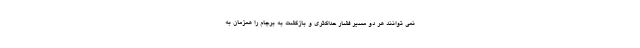
نمی توانند هر دو مسیر فشار حداکثری و بازگشت به برجام را همزمان به